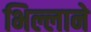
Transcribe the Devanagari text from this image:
भिल्लाने